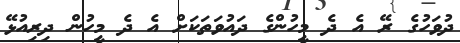
ދުވަހުގެ ރޭ އެ ދެ މީހުންގެ ދައުވަތަކަށް އެ ދެ މީހުން ދިރިއުޅޭ